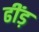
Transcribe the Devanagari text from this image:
ढींड़